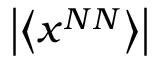
\left| \left< x ^ { N N } \right> \right|